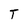
Character: T